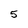
Character: 5